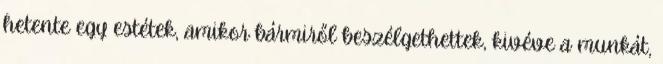
hetente egy estétek, amikor bármiről beszélgethettek, kivéve a munkát,